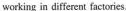
working in different factories.